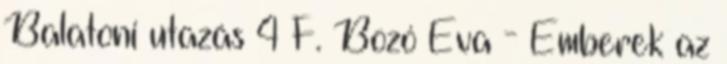
Balatoni utazás 4 F. Bozó Éva - Emberek az